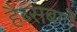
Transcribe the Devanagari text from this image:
हैब्सबर्गों